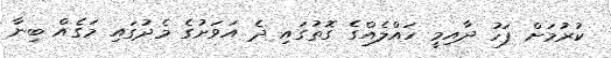
ކުރުމަށް ފަހު ދާއިމީ ހައްލެއްގެ ގޮތުގައި ދެ އަވަށުގެ މެދުގައި މަގެއް ބިނާ